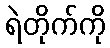
ရဲတိုက်ကို